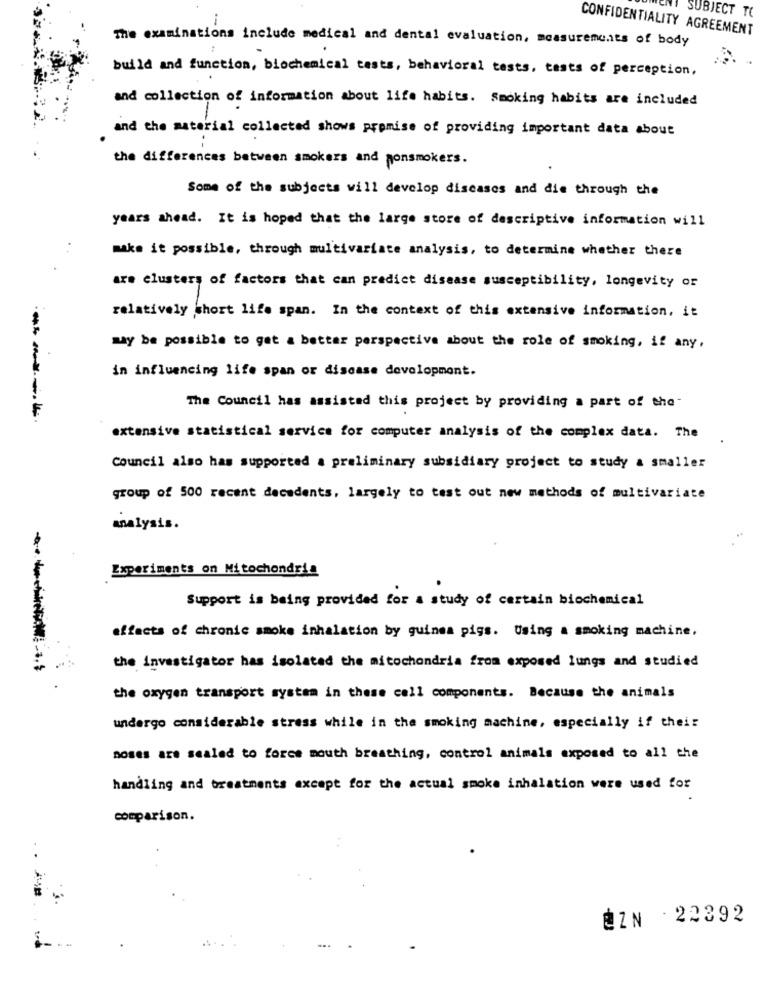
SUBJECT TO
CONFIDENTIALITY AGREEMENT
The examinations include medical and dental evaluation, measurements of body
build and function, biochemical tests, behavioral tests, tests of perception,
and collection of information about life habits. Smoking habits are included
and the material collected shows promise of providing important data about
the differences between smokers and nonsmokers.
Some of the subjects will develop diseases and die through the
years ahead. It is hoped that the large store of descriptive information will
make it possible, through multivariate analysis, to determine whether there
are clusters of factors that can predict disease susceptibility, longevity or
relatively short life span. In the context of this extensive information, it
may be possible to get a better perspective about the role of smoking, if any,
in influencing life span or discase development.
The Council has assisted this project by providing a part of the-
----
extensive statistical service for computer analysis of the complex data. The
Council also has supported a preliminary subsidiary project to study a smaller
group of 500 recent decedents, largely to test out new methods of multivariate
analysis.
Experiments on Mitochondria
Support is being provided for a study of certain biochemical
effects of chronic smoke inhalation by guinea pigs. Using a smoking machine,
the investigator has isolated the mitochondria from exposed lungs and studied
the oxygen transport system in these cell components. Because the animals
undergo considerable stress while in the smoking machine, especially if their
noses are sealed to force mouth breathing, control animals exposed to all the
handling and breatments except for the actual smoke inhalation were used for
comparison.
.
@ZN - 22392